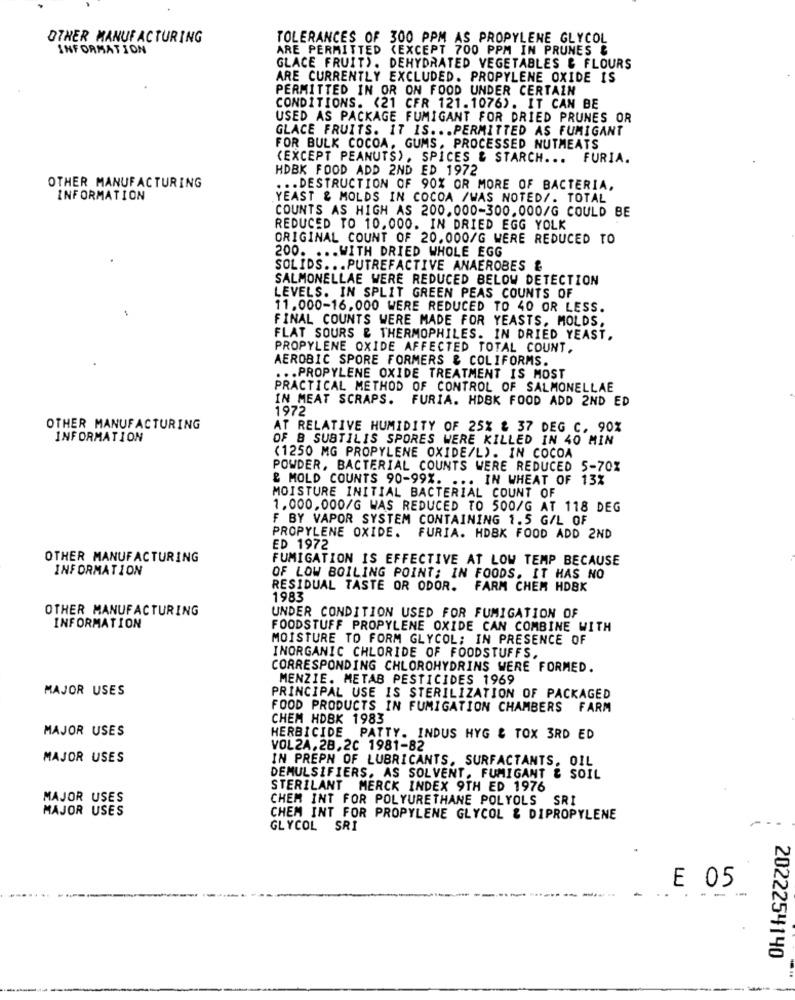
OTHER MANUFACTURING
TOLERANCES OF 300 PPM AS PROPYLENE GLYCOL
INFORMATION
ARE PERMITTED (EXCEPT 700 PPM IN PRUNES &
GLACE FRUIT). DEHYDRATED VEGETABLES & FLOURS
ARE CURRENTLY EXCLUDED. PROPYLENE OXIDE IS
PERMITTED IN OR ON FOOD UNDER CERTAIN
CONDITIONS. (21 CFR 121.1076). IT CAN BE
USED AS PACKAGE FUMIGANT FOR DRIED PRUNES OR
GLACE FRUITS. IT IS ... PERMITTED AS FUMIGANT
FOR BULK COCOA, GUMS, PROCESSED NUTMEATS
(EXCEPT PEANUTS) , SPICES & STARCH ... FURIA.
HDBK FOOD ADD 2ND ED 1972
OTHER MANUFACTURING
... DESTRUCTION OF 90% OR MORE OF BACTERIA,
INFORMATION
YEAST & MOLDS IN COCOA /WAS NOTED/. TOTAL
COUNTS AS HIGH AS 200.000-300.000/G COULD BE
REDUCED TO 10.000. IN DRIED EGG YOLK
ORIGINAL COUNT OF 20.000/G WERE REDUCED TO
200. ... WITH DRIED WHOLE EGG
SOLIDS ... PUTREFACTIVE ANAEROBES &
SALMONELLAE WERE REDUCED BELOW DETECTION
LEVELS. IN SPLIT GREEN PEAS COUNTS OF
11.000-16,000 WERE REDUCED TO 40 OR LESS.
FINAL COUNTS WERE MADE FOR YEASTS, MOLDS.
FLAT SOURS & THERMOPHILES. IN DRIED YEAST.
PROPYLENE OXIDE AFFECTED TOTAL COUNT,
AEROBIC SPORE FORMERS & COLIFORMS.
... PROPYLENE OXIDE TREATMENT IS MOST
PRACTICAL METHOD OF CONTROL OF SALMONELLAE
IN MEAT SCRAPS.
FURIA. HDBK FOOD ADD 2ND ED
1972
OTHER MANUFACTURING
AT RELATIVE HUMIDITY OF 25% & 37 DEG C. 90%
INFORMATION
OF B SUBTILIS SPORES WERE KILLED IN 40 MIN
(1250 MG PROPYLENE OXIDE/L). IN COCOA
POWDER, BACTERIAL COUNTS WERE REDUCED 5-70%
& MOLD COUNTS 90-99%. ... IN WHEAT OF 13%
MOISTURE INITIAL BACTERIAL COUNT OF
1.000,000/G WAS REDUCED TO 500/G AT 118 DEG
F BY VAPOR SYSTEM CONTAINING 1.5 G/L OF
PROPYLENE OXIDE. FURIA. HDBK FOOD ADD 2ND
ED 1972
OTHER MANUFACTURING
FUMIGATION IS EFFECTIVE AT LOW TEMP BECAUSE
INFORMATION
OF LOW BOILING POINT: IN FOODS. IT HAS NO
RESIDUAL TASTE OR ODOR. FARM CHEM HDBK
1983
OTHER MANUFACTURING
UNDER CONDITION USED FOR FUMIGATION OF
INFORMATION
FOODSTUFF PROPYLENE OXIDE CAN COMBINE WITH
MOISTURE TO FORM GLYCOL; IN PRESENCE OF
INORGANIC CHLORIDE OF FOODSTUFFS,
CORRESPONDING CHLOROHYDRINS WERE FORMED.
MENZIE. METAB PESTICIDES 1969
MAJOR USES
PRINCIPAL USE IS STERILIZATION OF PACKAGED
FOOD PRODUCTS IN FUMIGATION CHAMBERS FARM
CHEM HDBK 1983
MAJOR USES
HERBICIDE PATTY. INDUS HYG & TOX 3RD ED
VOL2A,28,20 1981-82
MAJOR USES
IN PREPN OF LUBRICANTS, SURFACTANTS, OIL
DEMULSIFIERS. AS SOLVENT, FUMIGANT & SOIL
STERILANT MERCK INDEX 9TH ED 1976
MAJOR USES
CHEM INT FOR POLYURETHANE POLYOLS SRI
MAJOR USES
CHEM INT FOR PROPYLENE GLYCOL & DIPROPYLENE
GLYCOL SRI
E 05
.- -
2022254140